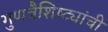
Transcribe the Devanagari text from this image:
गुणवैशिष्ट्यांची